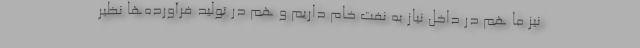
نیز ما هم در داخل نیاز به نفت خام داریم و هم در تولید فرآورده‌ها نظیر